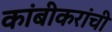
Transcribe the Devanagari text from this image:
कांबीकरांची